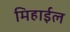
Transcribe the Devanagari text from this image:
मिहाईल